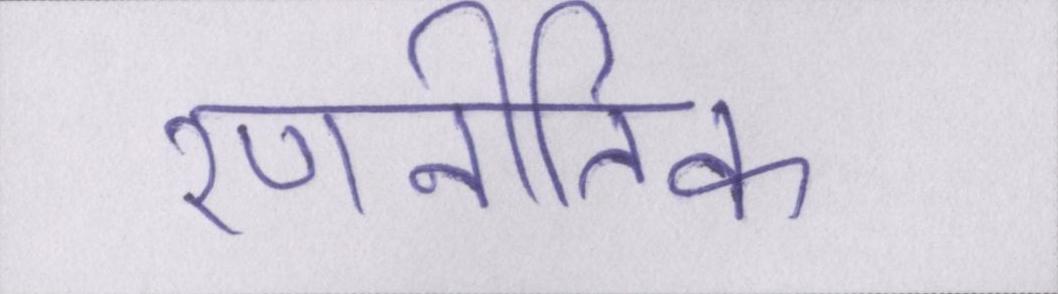
रणनीतिक